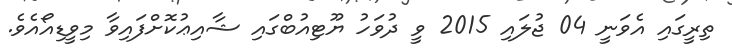
ތިރީގައި އެވަނީ 04 ޖުލައި 2015 ވީ ދުވަހު ޔޫޓިއުބްގައި ޝާއިޢުކޮށްފައިވާ މިވީޑިއޯއެވެ.